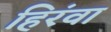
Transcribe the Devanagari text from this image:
हिरंवा